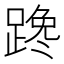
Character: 𰸤